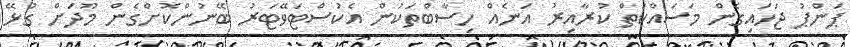
ޕަންޕު ޖަހައިގެން މަސައްކަތް ކުރާއިރު އަނެއް ހިސާބްތަކުން އެކުސްޓަވޭޓަރު ބޭނުންކޮށްގެން މޫދަށް ގުޅޭ